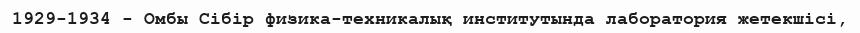
1929-1934 - Омбы Сібір физика-техникалық институтында лаборатория жетекшісі,